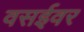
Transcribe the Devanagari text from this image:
वसईवर